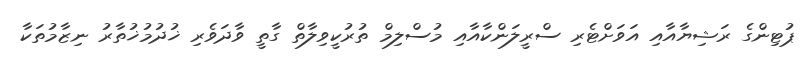
ޕުޓިންގެ ރަޝިޔާއާއި އަވަށްޓެރި ސްރީލަންކާއާއި މުސްލިމް ތުރުކީވިލާތް ގާތީ ވާދަވެރި ޚުދުމުޚުތާރު ނިޒާމުތަކާ